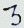
Text: 3